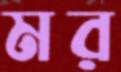
মর